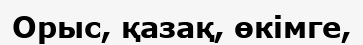
Орыс, қазақ, өкімге,